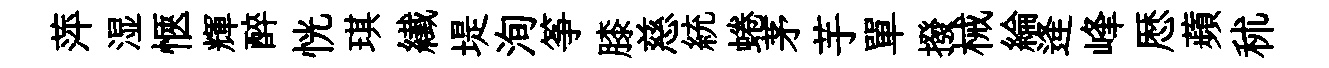
萍湿愜輝醉恍琪纎堤洵筝膝慈統蜷茅芋單撥械綸逄峰厯蘋秫